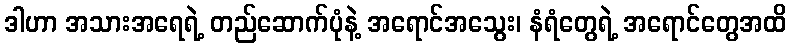
ဒါဟာ အသားအရေရဲ့ တည်ဆောက်ပုံနဲ့ အရောင်အသွေး၊ နံရံတွေရဲ့ အရောင်တွေအထိ